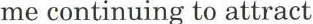
me continuing to attract